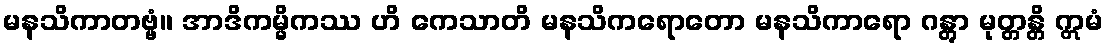
မနသိကာတဗ္ဗံ။ အာဒိကမ္မိကဿ ဟိ ကေသာတိ မနသိကရောတော မနသိကာရော ဂန္တွာ မုတ္တန္တိ ဣမံ